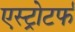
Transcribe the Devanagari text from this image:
एस्ट्रोटर्फ